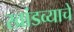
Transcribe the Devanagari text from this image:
खांडव्याचे